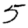
Digit: 5